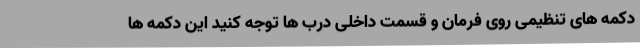
دکمه های تنظیمی روی فرمان و قسمت داخلی درب ها توجه کنید این دکمه ها